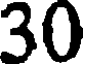
30